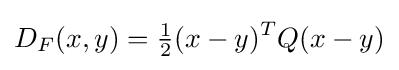
D_{F}(x,y)={\tfrac {1}{2}}(x-y)^{T}Q(x-y)